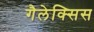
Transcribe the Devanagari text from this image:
गैलेक्सिस